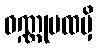
ဝဏ္ဏုပထမှိ